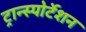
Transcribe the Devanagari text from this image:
ट्रान्स्पोर्टेशन